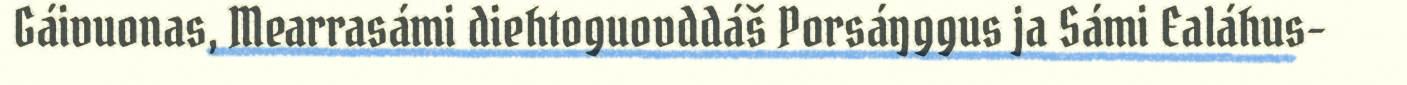
Gáivuonas, Mearrasámi diehtoguovddáš Porsáŋggus ja Sámi Ealáhus-